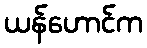
ယန်ဟောင်က